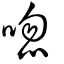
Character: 唿